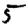
Digit: 5